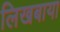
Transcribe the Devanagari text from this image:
लिखबाया